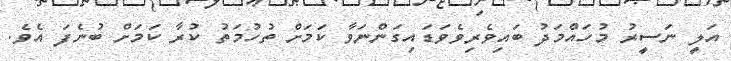
އަލީ ނަސީރު މުހައްމަދު ބައިވެރިވެވަޑައިގަންނަވާ ކަމަށް ތުހުމަތު ކުރާ ކަމަށް ބުނެފަ އެވެ.